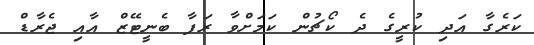
ކަރެގާ އަދި ކުރީގެ ދެ ކޯޗުން ކަމަށްވާ ރަފާ ބެނީޓޭޒް އާއި ޖެރާޑް